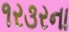
૧ર૩રના